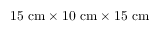
1 5 \ \mathrm { c m } \times 1 0 \ \mathrm { c m } \times 1 5 \ \mathrm { c m }